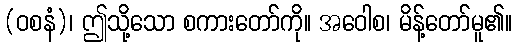
(ဝစနံ)၊ ဤသို့သော စကားတော်ကို။ အဝေါစ၊ မိန့်တော်မူ၏။